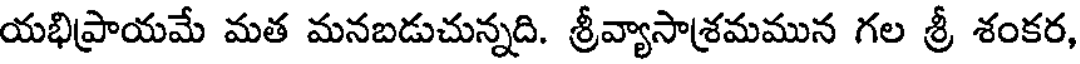
యభిప్రాయమే మత మనబడుచున్నది. శ్రీవ్యాసాశ్రమమున గల శ్రీ శంకర,